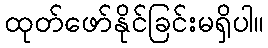
ထုတ်ဖော်နိုင်ခြင်းမရှိပါ။